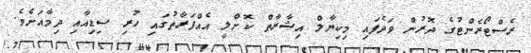
ރެސްޓޯރެންޓުގެ ދޮރުން ވަދެފައި މިކިޔާލް އިޝާރާތް ކޮށްލީ އެއްފަރާތުގައި ހުރި ސިޑިއާއި ދިމާއަށެވެ.